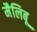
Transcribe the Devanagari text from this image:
मैलिबू